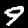
Digit: 9